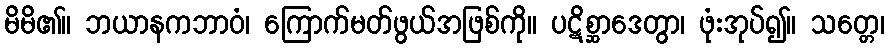
မိမိ၏။ ဘယာနကဘာဝံ၊ ကြောက်မတ်ဖွယ်အဖြစ်ကို။ ပဋိစ္ဆာဒေတွာ၊ ဖုံးအုပ်၍။ သတ္တေ၊